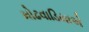
મોઢવાડિયાએ